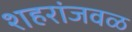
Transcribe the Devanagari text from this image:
शहरांजवळ